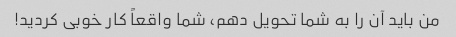
من باید آن را به شما تحویل دهم، شما واقعاً کار خوبی کردید!